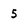
Character: 5